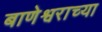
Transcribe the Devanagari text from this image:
बाणेश्वराच्या